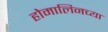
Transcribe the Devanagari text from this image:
होमालिनच्या